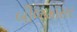
બીજમાસર